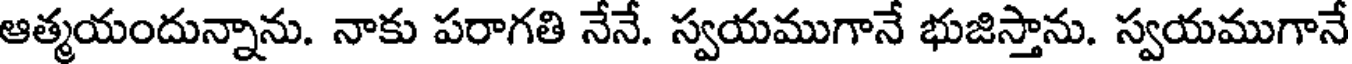
ఆత్మయందున్నాను. నాకు పరాగతి నేనే. స్వయముగానే భుజిస్తాను. స్వయముగానే